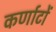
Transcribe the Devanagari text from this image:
कर्णाटों